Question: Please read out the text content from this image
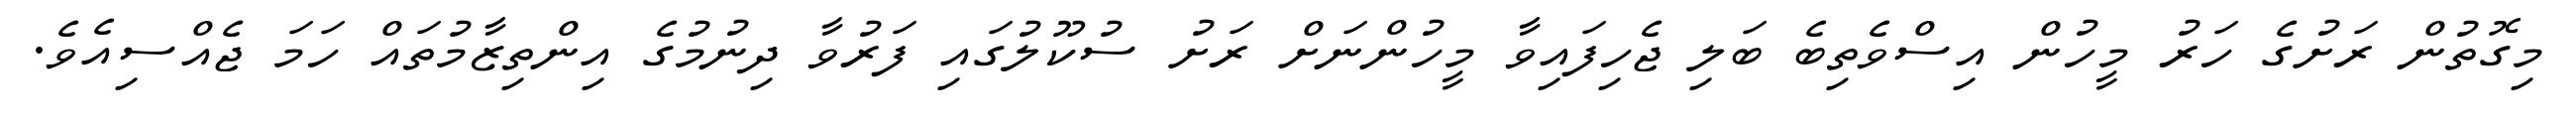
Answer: މިގޮތުން ރަށުގެ ހަރު މީހުން އިސްވެތިބެ ބަލި ޖެހިފައިވާ މީހުންނަށް ރަށު ސުކޫލުގައި ފަރުވާ ދިނުމުގެ އިންތިޒާމުތައް ހަމަ ޖެއްސިއެވެ.